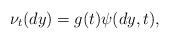
LaTeX: \begin{align*}\nu _{t}(dy)=g(t)\psi (dy,t),\label{misura diLevy compound poisson}\end{align*}